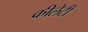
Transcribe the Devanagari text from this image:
कीलेटी